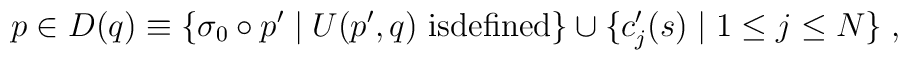
p\in D(q)\equiv\{\sigma_0\circ p'\mid U(p',q) \mbox{ isdefined}\}\cup\{c'_j(s)\mid1\leq j\leq N\} \;,